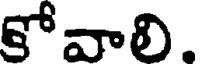
కోవాలి.